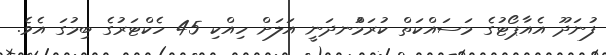
ފުނަދޫ އެއާޕޯޓުގެ މަސައްކަތް ކުރަމުްނދަނީ އަަލަށް ހިއްކި 45 ހެކްޓަރުގެ ބިމުގަ އެވެ.